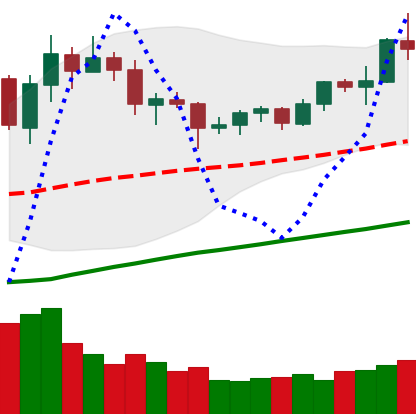
Ticker: TRX-USD
Chart end date: 2020-07-26
Forward return: 6.219%
Label: up_5_7